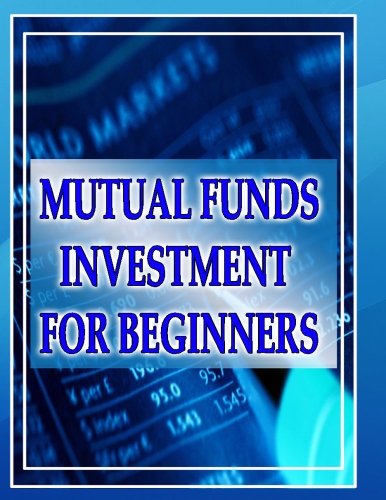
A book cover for Mutual Funds Investing for Beginners: Guide to Mutual Funds Investment for Beginners (How To Invest In Mutual Funds); Priyank Gala; Business & Money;